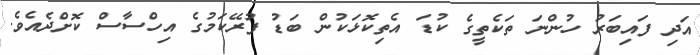
އަދި ފައިބަރު ހުންނަ ތަކެތީގެ ކުޑަ އެތިކޮޅަކުން ބަޑު ފުރޭކަމުގެ އިހްސާސް ކޮށްދެއެވެ.